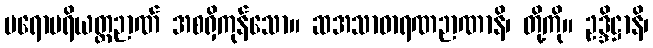
ပရောပရိယတ္တဉာဏ် အစရှိကုန်သော။ ဆအသာဓာရဏဉာဏာနိ၊ တို့ကို။ ဥဒ္ဒိဋ္ဌာနိ၊